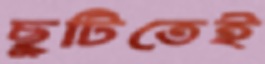
ছুটিতেই